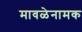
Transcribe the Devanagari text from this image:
मावळेनामक